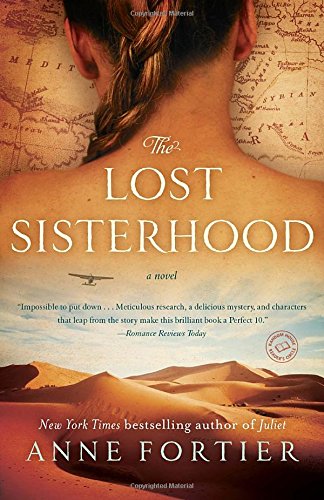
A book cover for The Lost Sisterhood: A Novel; Anne Fortier; Literature & Fiction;